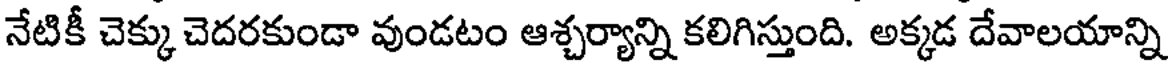
నేటికీ చెక్కు చెదరకుండా వుండటం ఆశ్చర్యాన్ని కలిగిస్తుంది. అక్కడ దేవాలయాన్ని